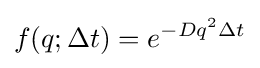
f(q;\Delta t)=e^{-Dq^{2}\Delta t}